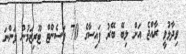
ވިދާޅުވީ ރާއްޖެ އަށް ލިބޭ ބޭރު ފައިސާގެ 70 ޕަސެންޓް ޓޫރިޒަމުން ވަންނަ